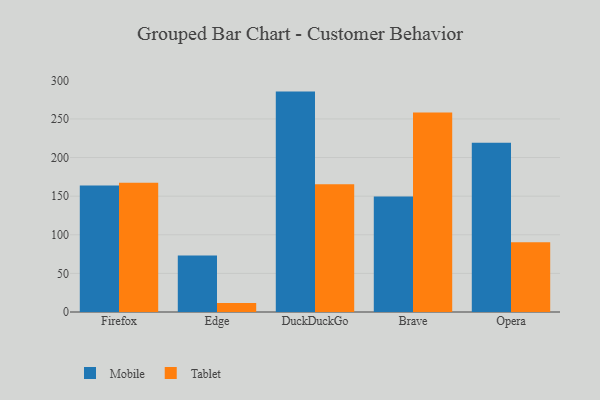
{"axis": {"x": "Browser", "y": "Page Views"}, "legend": ["Mobile", "Tablet"], "data": [{"x": "Firefox", "y": 163.9, "type": "Mobile"}, {"x": "Firefox", "y": 167.4, "type": "Tablet"}, {"x": "Edge", "y": 73.2, "type": "Mobile"}, {"x": "Edge", "y": 11.6, "type": "Tablet"}, {"x": "DuckDuckGo", "y": 285.4, "type": "Mobile"}, {"x": "DuckDuckGo", "y": 165.4, "type": "Tablet"}, {"x": "Brave", "y": 149.7, "type": "Mobile"}, {"x": "Brave", "y": 258.4, "type": "Tablet"}, {"x": "Opera", "y": 219.3, "type": "Mobile"}, {"x": "Opera", "y": 90.4, "type": "Tablet"}]}